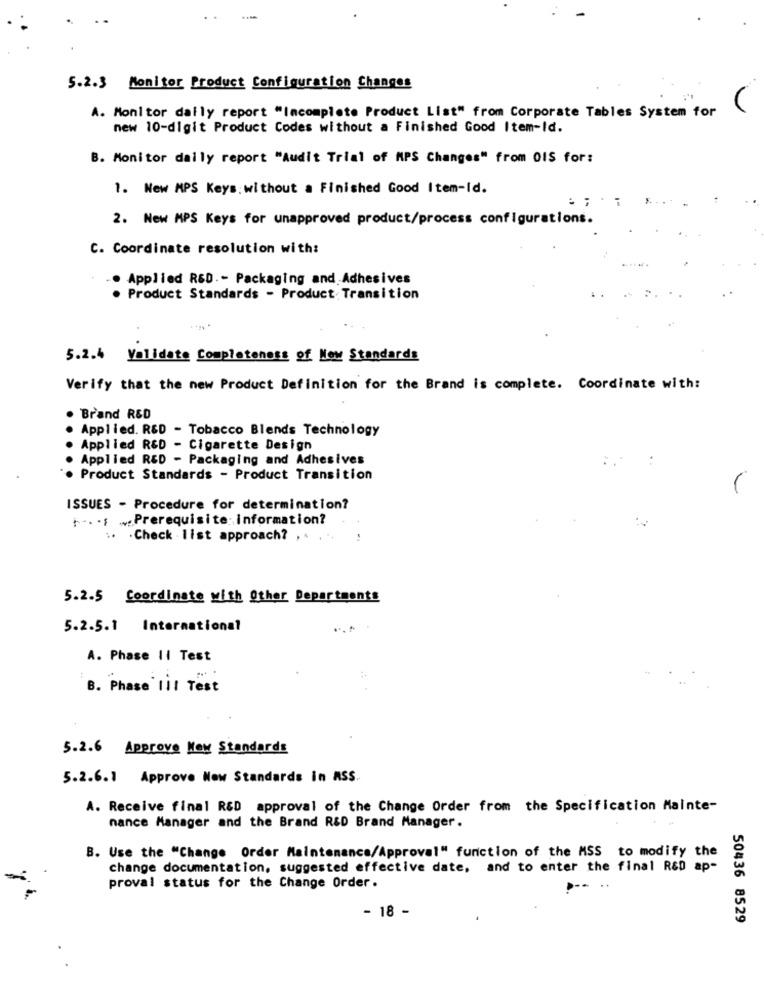
5.2.3 Monitor Product Configuration Changes
A. Monitor daily report "Incomplete Product List" from Corporate Tables System for
new 10-digit Product Codes without a Finished Good Item-Id.
B. Monitor daily report "Audit Trial of MPS Changes" from OIS for:
1. New MPS Keys: without a Finished Good Item-Id.
..
2. New MPS Keys for unapproved product/process configurations.
C. Coordinate resolution with:
Applied R&D .- Packaging and Adhesives
Product Standards - Product Transition
5.2.4 Validate Completeness of New Standards
Verify that the new Product Definition for the Brand is complete. Coordinate with:
Brand RED
Applied. R&D - Tobacco Blends Technology
Applied R&D - Cigarette Design
Applied RED - Packaging and Adhesives
Product Standards - Product Transition
ISSUES - Procedure for determination?
+ -. .. . Prerequisite:information?
..
. Check - list approach? , . ,
5.2.5 Coordinate with Other Departments
5.2.5.1 International
A. Phase Ii Test
B. Phase til Test
5.2.6 Approve New Standards
5.2.6.1 Approve New Standards in ASS.
A. Receive final R&D approval of the Change Order from the Specification Mainte-
nance Manager and the Brand R&D Brand Manager.
B. Use the "Change Order Maintenance/Approval" function of the MSS to modify the
change documentation, suggested effective date, and to enter the final R&D ap-
proval status for the Change Order.
- 18 -
50436 8529